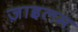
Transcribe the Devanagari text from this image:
ज़ाइलम